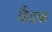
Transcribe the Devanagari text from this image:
वैदक